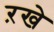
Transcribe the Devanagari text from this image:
ऱखे